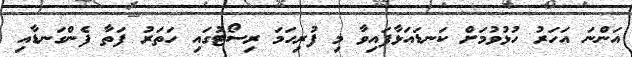
އަންނަ އަހަރު ހުޅުވުމަށް ކަނޑައަޅާފައިވާ މި ފުރިހަމަ ރިސޯޓުގައި ހަތަރު ފަތާ ފެންގަނޑާއި